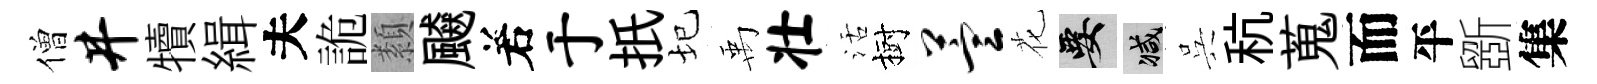
僧井犢緝夫詭纇飇𠰥于扺圮禹壮活樹萱花要减呉秔蒐而平斵集